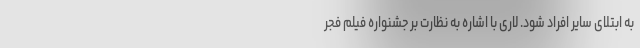
به ابتلای سایر افراد شود. لاری با اشاره به نظارت بر جشنواره فیلم فجر